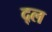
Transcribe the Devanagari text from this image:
द्ल